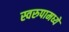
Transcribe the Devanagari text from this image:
स्वरुपामध्ये